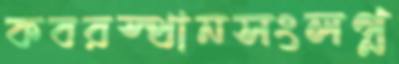
কবরস্থানসংলগ্ন